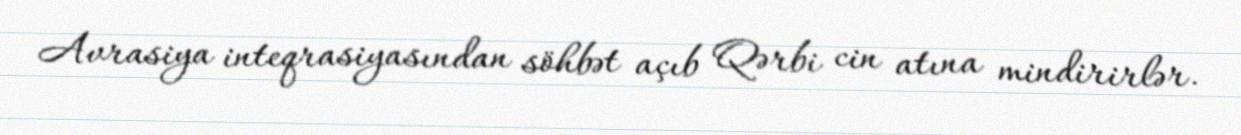
Avrasiya inteqrasiyasından söhbət açıb Qərbi cin atına mindirirlər.